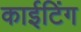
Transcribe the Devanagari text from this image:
काईटिंग